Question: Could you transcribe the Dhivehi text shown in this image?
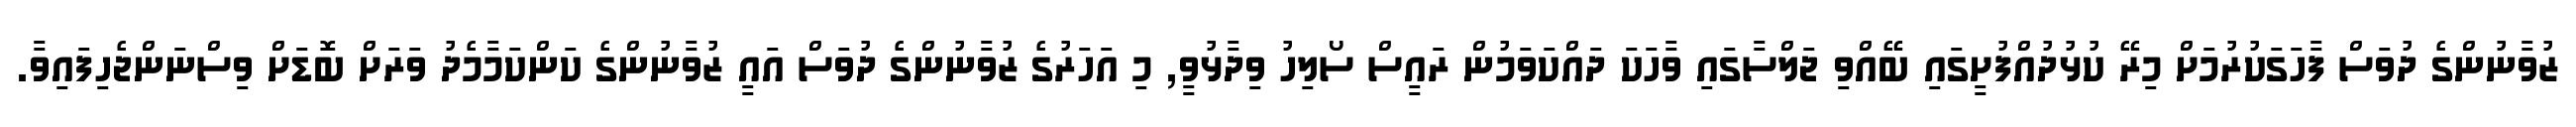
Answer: ޒުވާނުންގެ ދުވަސް ފާހަގަކުރުމަށް މިރޭ ކުޅުދުއްފުށީގައި ބޭއްވި ޖަލްސާގައި ވާހަކަ ދައްކަވަމުން ރައީސް ސޯލިހު ވިދާޅުވީ, މި އަހަރުގެ ޒުވާނުންގެ ދުވަސް އައީ ޒުވާނުންގެ ކަންކަމާމެދު ވަރަށް ބޮޑަށް ވިސްނަންޖެހިފައިވާ.